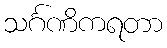
သင်္ဂဏိကရတာ